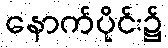
နောက်ပိုင်း၌